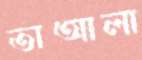
তাআলা